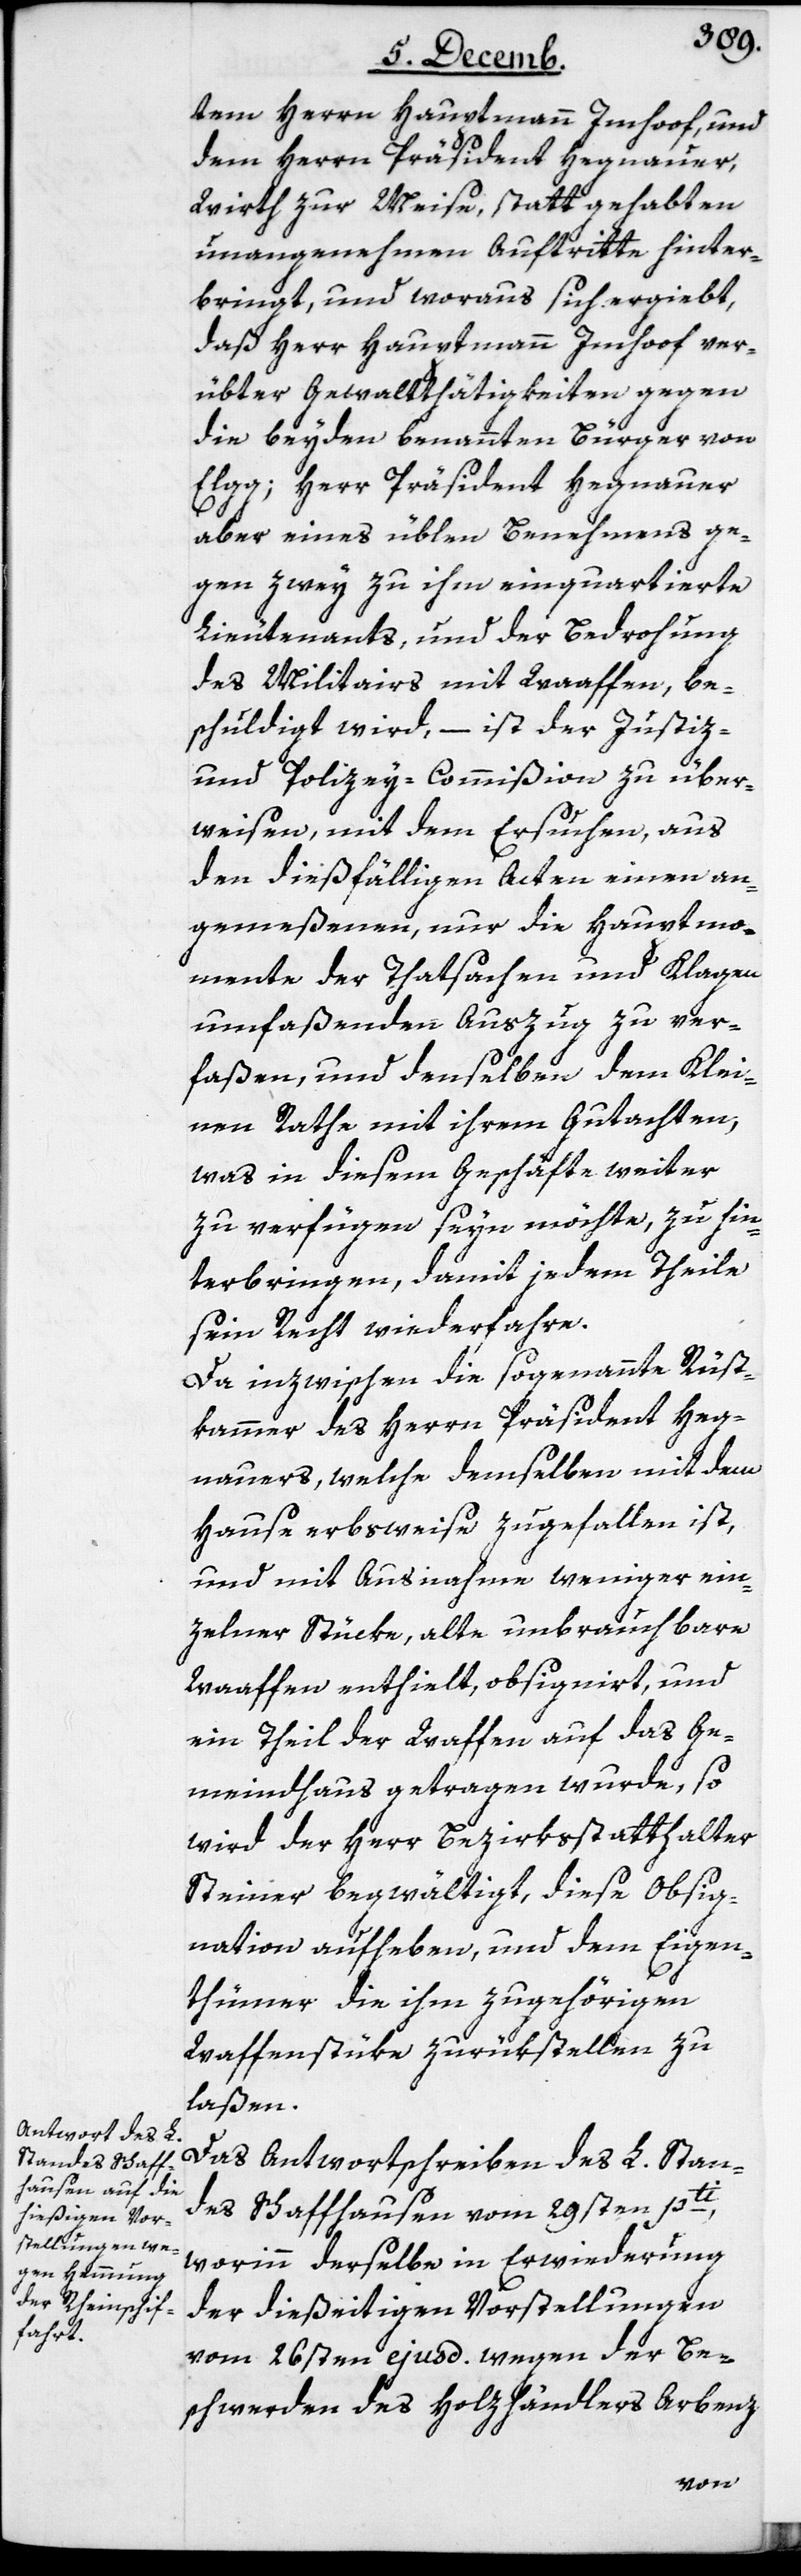
tem Herrn Hauptmann Imhoof, und
dem Herrn Präsident Hegnauer,
Wirth zur Meise, statt gehabten
unangenehmen Auftritte hinter¬
bringt, und woraus sich ergiebt,
daß Herr Hauptmann Imhoof ver¬
übter Gewaltthätigkeiten gegen
die beyden benannten Bürger von
Elgg; Herr Präsident Hegnauer
aber eines üblen Benehmens ge¬
gen zwey zu ihm einquartierte
Lieutenants, und der Bedrohung
des Militairs mit Waaffen, be¬
schuldigt wird, – ist der Justiz-
und Polizey-Commißion zu über¬
weisen, mit dem Ersuchen, aus
den dießfälligen Acten einen an¬
gemeßenen, nur die Hauptmo¬
mente der Tatsachen und Klagen
umfaßenden Auszug zu ver¬
faßen, und denselben dem Klei¬
nen Rathe mit ihrem Gutachten,
was in diesem Geschäfte weiter
zu verfügen seyn möchte, zu hin¬
terbringen, damit jedem Theile
sein Recht widerfahre.
Da inzwischen die sogenannte Rüst¬
kammer des Herrn Präsident Heg¬
nauers, welche demselben mit dem
Hause erbsweise zugefallen ist,
und mit Ausnahme weniger ein¬
zelner Stücke, alte unbrauchbare
Waaffen enthielt, obsignirt, und
ein Theil der Waffen auf das Ge¬
meindhaus getragen wurde, so
wird der Herr Bezirksstatthalter
Steiner begwältigt, diese Obsig¬
nation aufheben, und dem Eigen¬
thümer die ihm zugehörigen
Waffenstüke zurükstellen zu
laßen.
Das Antwortschreiben des L. Stan¬
des Schaffhausen vom 29sten pti,
worinn derselbe in Erwiderung
der dießeitigen Vorstellungen
vom 26sten ejusd. wegen der Be¬
schwerden des Holzhändlers Arbenz